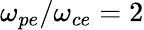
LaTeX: \omega_{pe}/\omega_{ce}=2